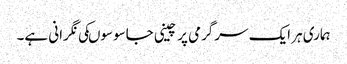
ہماری ہر ایک سرگرمی پر چینی جاسوسوںکی نگرانی ہے۔